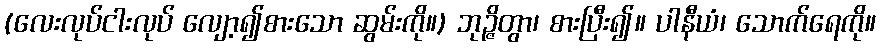
(လေးလုပ်ငါးလုပ် လျော့၍စားသော ဆွမ်းကို။) ဘုဉ္ဇိတွာ၊ စားပြီး၍။ ပါနီယံ၊ သောက်ရေကို။